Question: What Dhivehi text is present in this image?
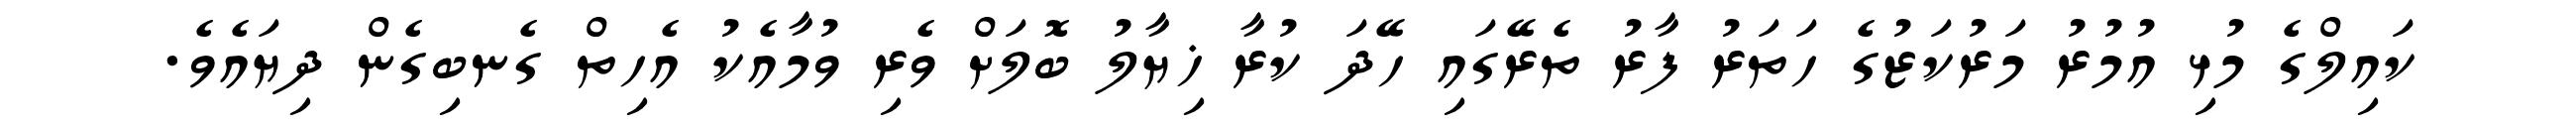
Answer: ކައިލްގެ މުޅި އުމުރު މަރުކަޒުގެ ހަތަރު ފާރު ތެރޭގައި ހޭދަ ކުރާ ޚިޔާލު ބޮލަށް ވެރި ވުމާއެކު އެހިތް ގެނބިގެން ދިޔައެވެ.